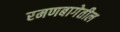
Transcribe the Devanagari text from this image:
रमणबागेतील